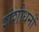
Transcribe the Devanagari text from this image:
शंशोधनों